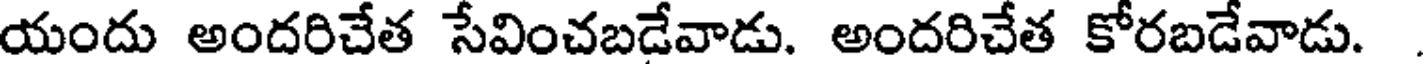
యందు అందరిచేత సేవించబడేవాడు. అందరిచేత కోరబడేవాడు.